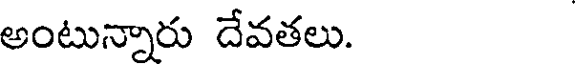
అంటున్నారు దేవతలు.